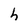
Character: h